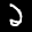
Label: 2